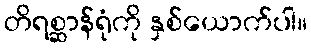
တိရစ္ဆာန်ရုံကို နှစ်ယောက်ပါ။